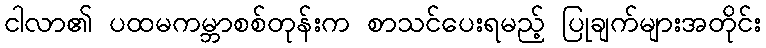
ငါလာ၏ ပထမကမ္ဘာစစ်တုန်းက စာသင်ပေးရမည့် ပြုချက်များအတိုင်း